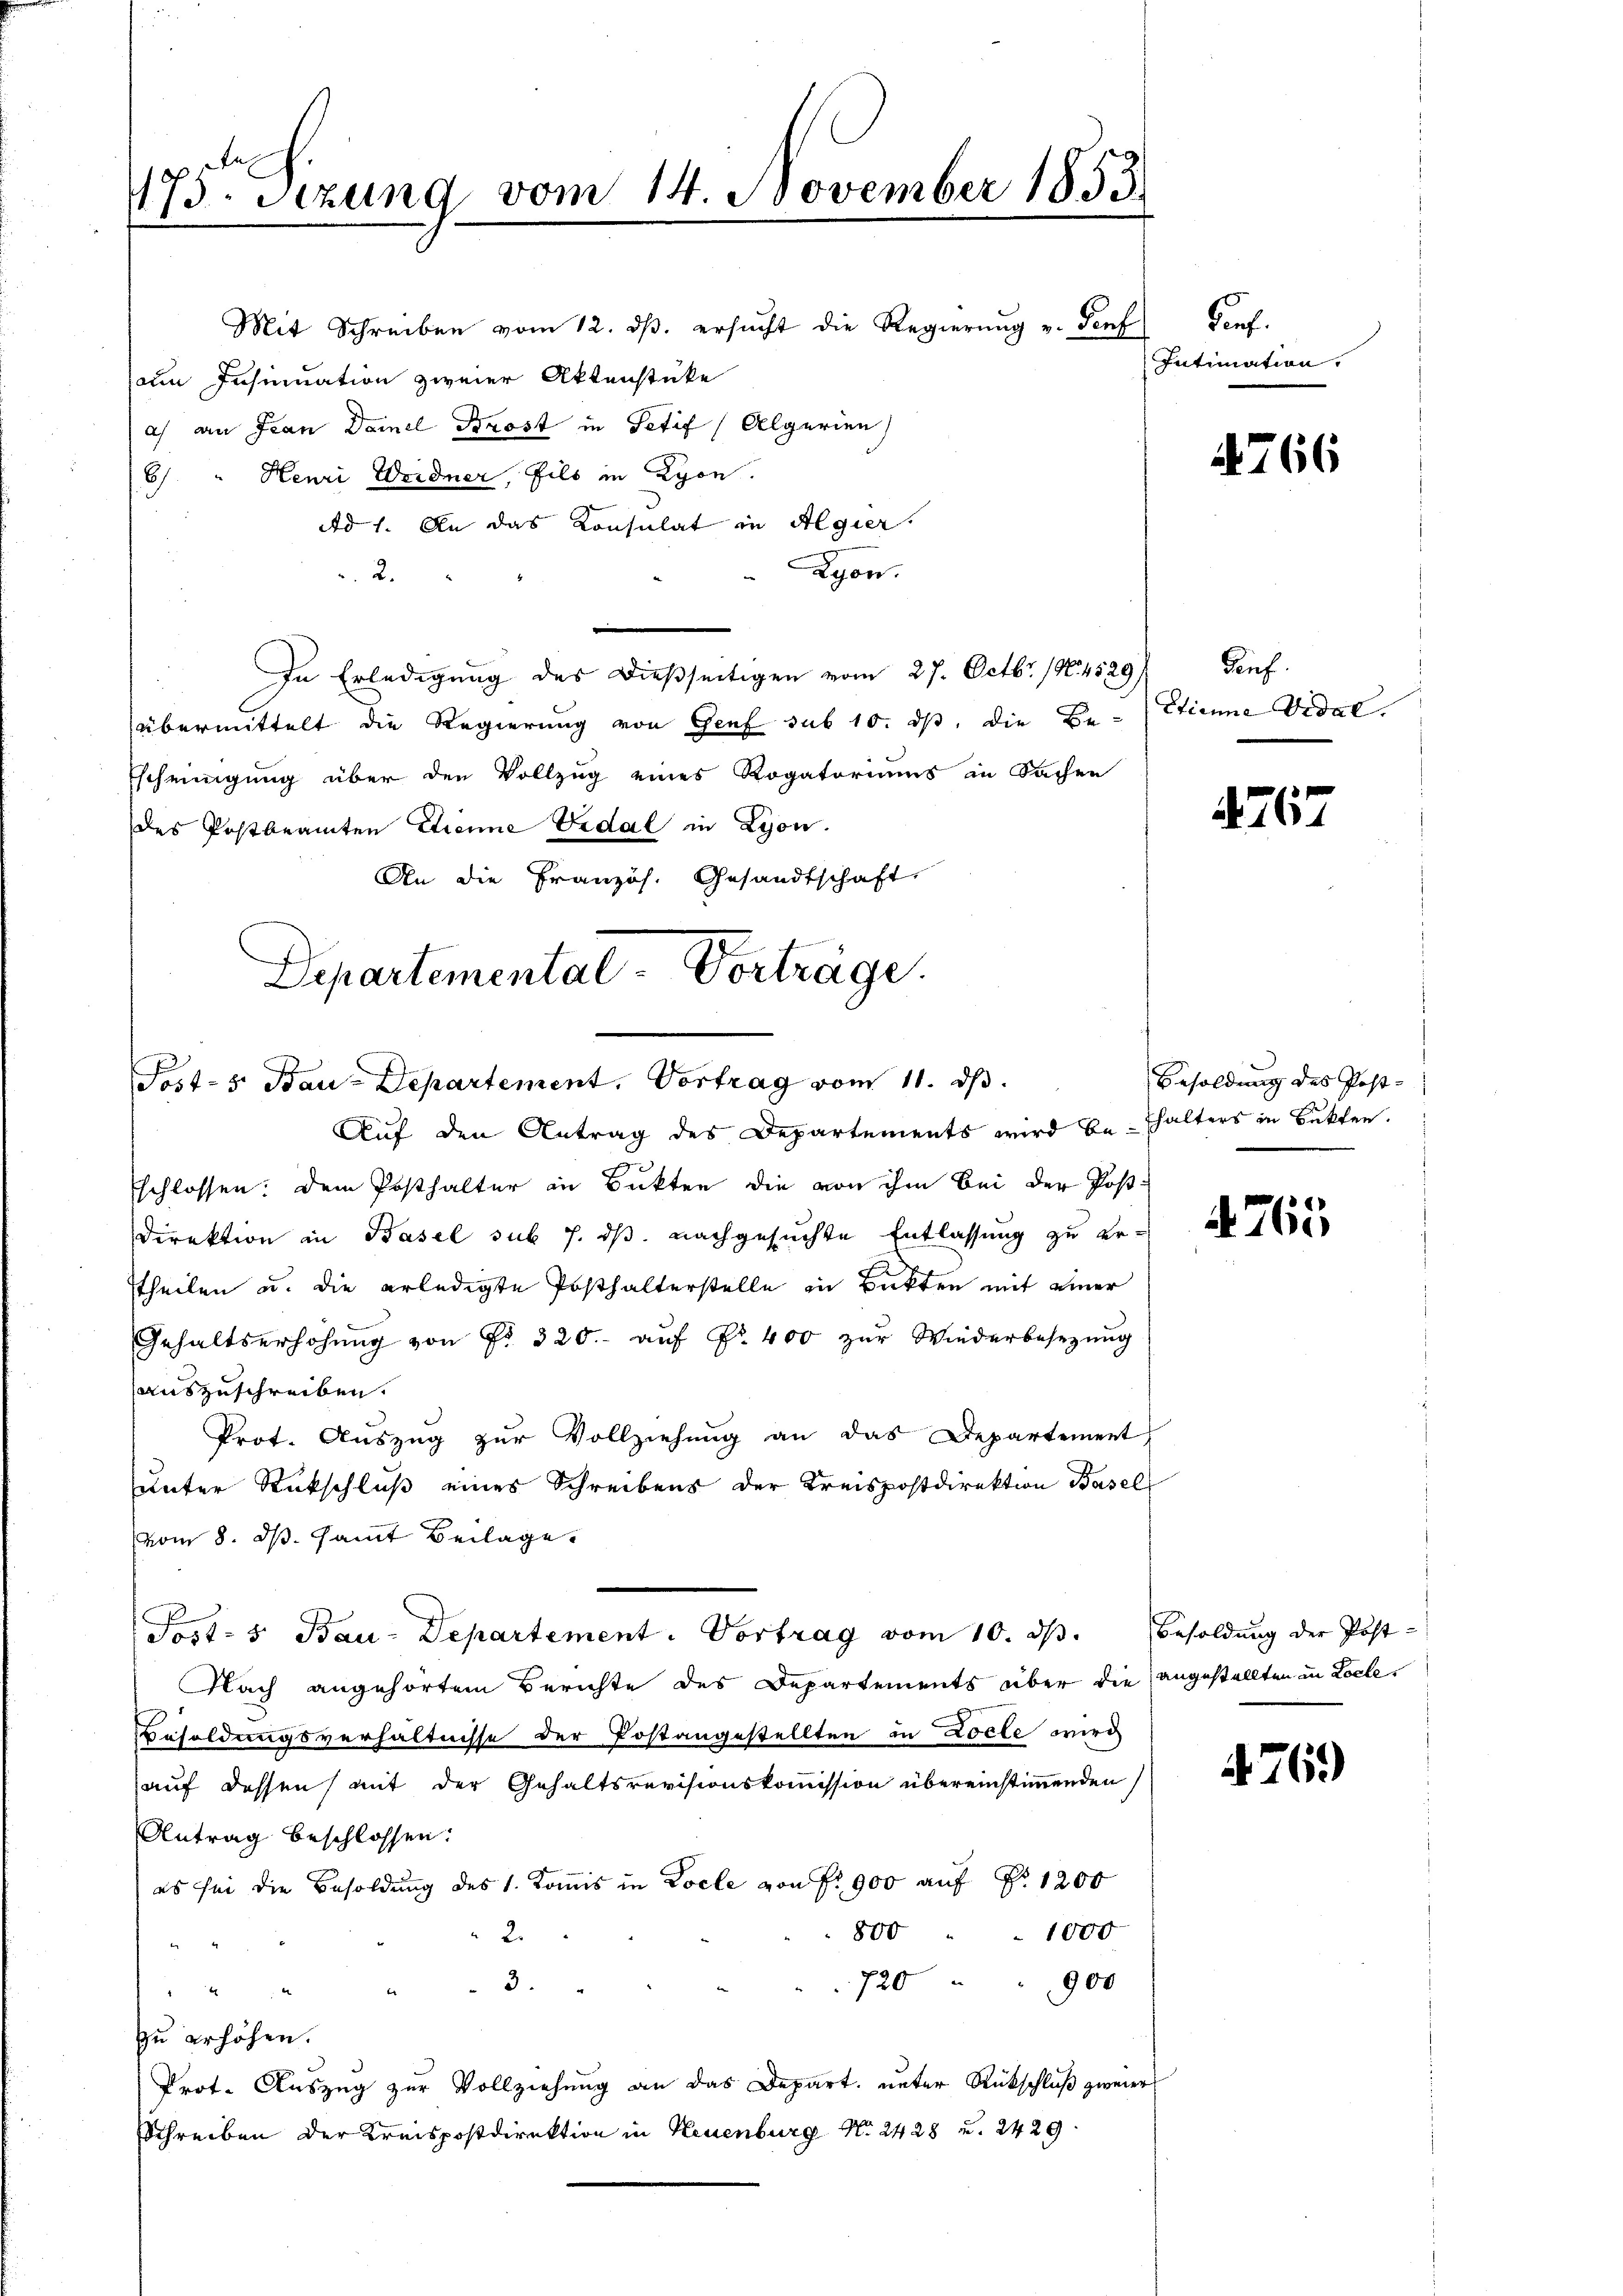
175. Sizung vom 14. November 1853.
Porf.
Mit Schreiben vom 12. ds. ersucht die Regierung v. Genf
Intimation.
ain Insinuation zweier Aktenstücke
a) an Fran Damel Trost in Setif (Algerien
4766
6) " Henri Weidner, fils in Lyon.

Post- 5. Bau-Departement. Vortrag vom 11. ds.

Ad 1. An das Konsulat in Algier
Lgon.
2.
v
In Erledigung des dießseitigen vom 27. Octbr. 1884529
übermittelt die Regierung von Genf sub 10. ds, die Be-
Escheinigung über den Vollzug eines Rogatoriums in Sachen
des Postbeamten Strenne Vidal in Lyon
An die Französ. Gesandtschaft
Departemental-Vorträge.

Auf den Antrag des Departements wird behalters in Sekten.
Eschlossen: dem Posthalter in Bukten die von ihm bei der Post-
Direktion in Basel sub 7. ds. nachgesuchte Entlassung zu erttheilen u. die erledigte Posthalterstelle in Bickten mit einer
Gehaltserhöhŭng von Fr. 320.- aŭf Fr. 400 zŭr Wiederbesezung
auszuschreiben.
Prot. Aŭszŭg zŭr Vollziehŭng an das Departement
unter Rückschluß eines Schreibens der Kreispostdirektion Basel
vom 8. ds. samt Beilage
Nach angehörtem Berichte des Departements über die angestellten in Loche¬
Besoldungsverhältnisse der Postangestellten in Loele wird
auf dessen mit der Gehaltsrevisionskommission übereinstimmenden
Antrag beschlossen:
es sei die Besoldung des 1. Komis in Locle von fr. 900 auf Nr 1200
800 " " 1000
2.
720900
3.
7
zu erhöhen.
Prot. Auszug zur Vollziehung an das Depart. unter Rückschluß zweier
Schreiben der Kreispostdirektion in Neuenburg N. 2428 u. 2429.

Post- 5. Bau-Departement. Vortrag vom 10. d. Besoldung der Post-

Genf.
Etienne Vidal.

4767

Besoldung des Post-

4. 765

769